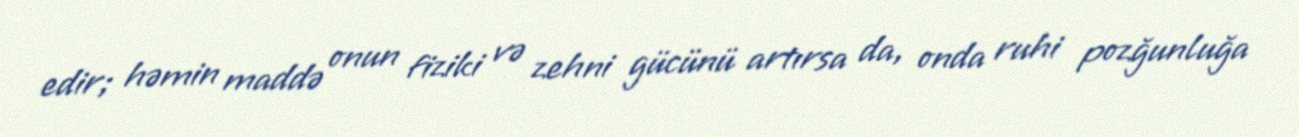
edir; həmin maddə onun fiziki və zehni gücünü artırsa da, onda ruhi pozğunluğa